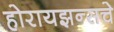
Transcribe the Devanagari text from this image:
होरायझन्सचे